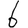
Digit: 6